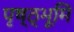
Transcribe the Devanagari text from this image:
पृष्ठ्भूमि